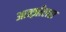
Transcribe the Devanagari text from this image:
आक्ज़ीलस